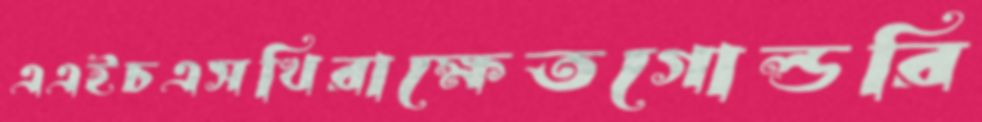
এএইচএসখিরাক্ষেতগোল্ডরি